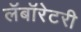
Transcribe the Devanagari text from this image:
लॅबॉरेटरी